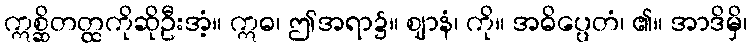
ဣစ္ဆိတတ္ထကိုဆိုဦးအံ့။ ဣဓ၊ ဤအရာ၌။ ဈာနံ၊ ကို။ အဓိပ္ပေတံ၊ ၏။ အာဒိမှိ၊